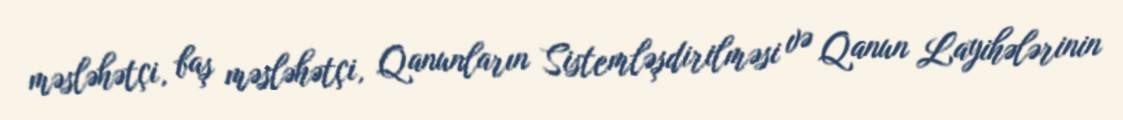
məsləhətçi, baş məsləhətçi, Qanunların Sistemləşdirilməsi və Qanun Layihələrinin